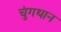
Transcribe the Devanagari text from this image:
चुंगथान